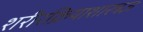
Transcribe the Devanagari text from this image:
शरीरक्रियाशास्त्रज्ञ